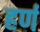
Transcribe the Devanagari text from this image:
हर्ण